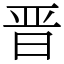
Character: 晋